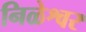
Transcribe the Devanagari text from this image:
निळेश्वर